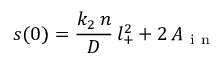
s ( 0 ) = \frac { k _ { 2 } \, n } { D } \, l _ { + } ^ { 2 } + 2 \, A _ { \mathrm { ~ i ~ n ~ } }